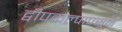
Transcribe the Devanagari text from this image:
द्वीपकल्पापसून